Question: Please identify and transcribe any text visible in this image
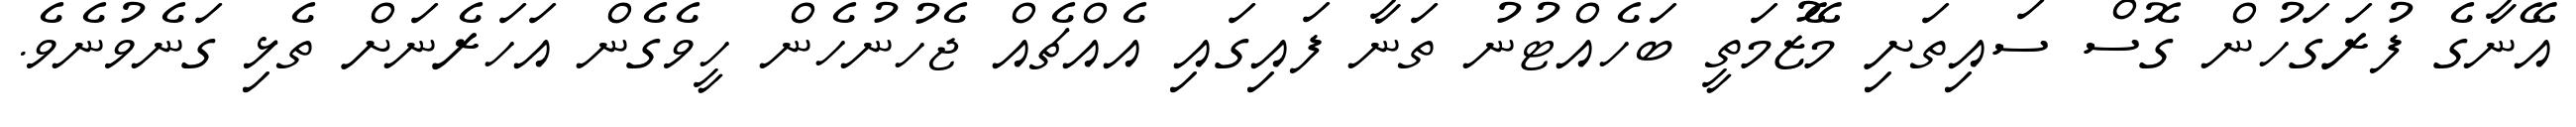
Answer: އޭނާގެ ފުރަގަހުން ގޮސް ސައިތަށި މޭޒުމަތީ ބަހެއްޓުނު ތަނާ ފައިގައި އެއްޗެއް ޖެހުނުހެން ހީވެގެން އަހަރެނަށް ތެޅި ގަނެވުނެވެ.